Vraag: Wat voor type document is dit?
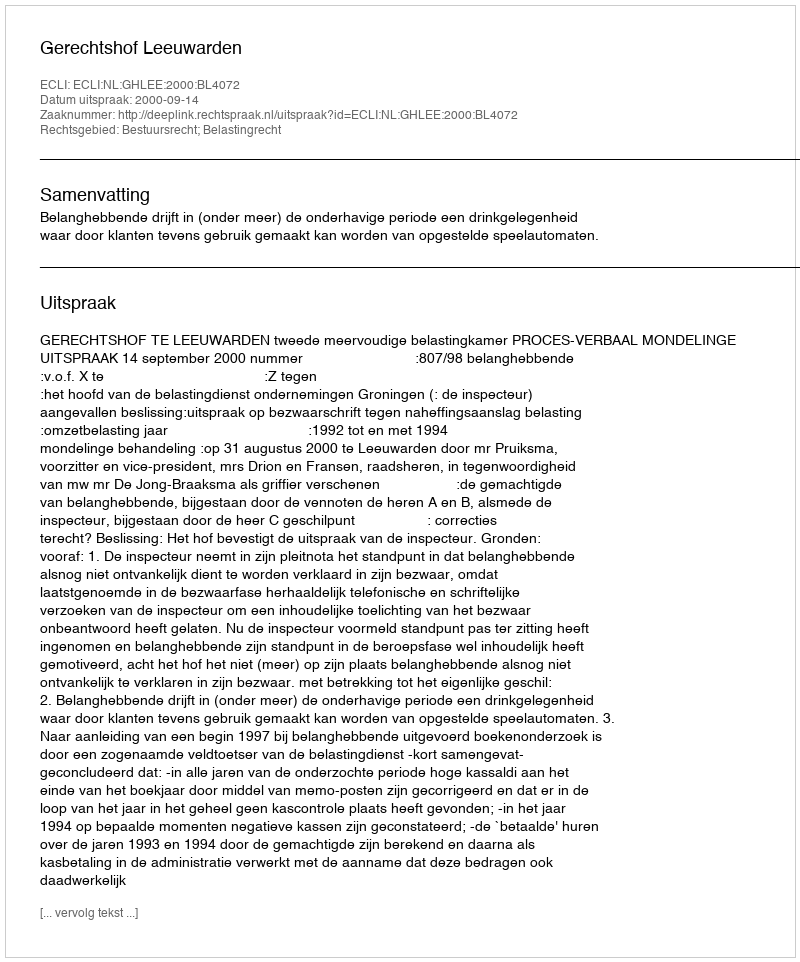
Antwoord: Uitspraak